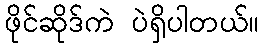
ဖိုင်ဆိုဒ်ကဲ ပဲရှိပါတယ်။